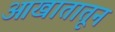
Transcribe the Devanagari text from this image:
आखातातून